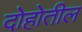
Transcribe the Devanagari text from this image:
दोहोतील